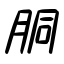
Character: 胴